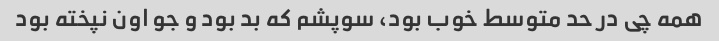
همه چی در حد متوسط خوب بود، سوپشم که بد بود و جو اون نپخته بود